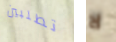
تطلبين لا